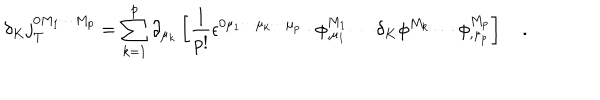
LaTeX: \delta _ { K } j _ { T } ^ { 0 M _ { 1 } \cdots M _ { p } } = \sum _ { k = 1 } ^ { p } \partial _ { \mu _ { k } } \left[ \frac 1 { p ! } \epsilon ^ { 0 \mu _ { 1 } \cdots \mu _ { k } \cdots \mu _ { p } } \cdot \phi _ { , \mu _ { 1 } } ^ { M _ { 1 } } \cdots \delta _ { K } \phi ^ { M _ { k } } \cdots \phi _ { , \mu _ { p } } ^ { M _ { p } } \right] \quad .